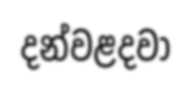
දන්වළදවා